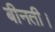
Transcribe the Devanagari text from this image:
बीनती।